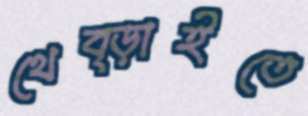
থেব্‌ড়াইতে